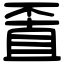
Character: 𠁆